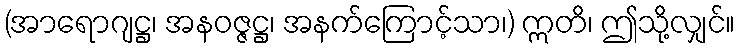
(အာရောဂျဋ္ဌ၊ အနဝဇ္ဇဋ္ဌ၊ အနက်ကြောင့်သာ၊) ဣတိ၊ ဤသို့လျှင်။